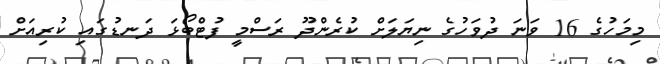
މިމަހުގެ 16 ވަނަ ދުވަހުގެ ނިޔަލަށް ކުރެންދޫ ރަސްމީ ފުޓްބޯޅަ ދަނޑުގައި ކުރިއަށް